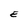
Character: E